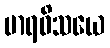
မာရဝိသယေ